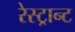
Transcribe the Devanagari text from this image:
रेस्ट्रान्ट